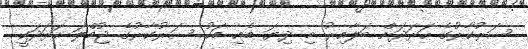
ސަރުކާރުގެ ހަރަދަށް ބަލާއިރު މި ދިޔަ މެއި މަހު ސަރުކާރުގެ ޖުމްލަ ހަރަދަކީ